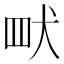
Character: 𮉿